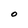
Character: 0